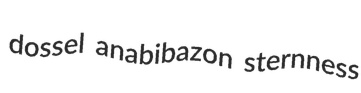
dossel anabibazon sternness